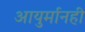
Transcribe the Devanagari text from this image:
आयुर्मानही